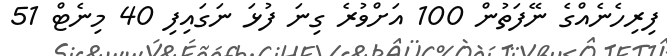
ފިރިހެނެއްގެ ނޭފަތުން 100 އަށްވުރެ ގިނަ ފުޅަ ނަގައިފި 40 މިނެޓް 51